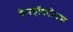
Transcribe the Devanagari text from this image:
डेनड्रॉक्टोनस